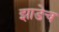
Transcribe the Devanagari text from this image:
झाडेच